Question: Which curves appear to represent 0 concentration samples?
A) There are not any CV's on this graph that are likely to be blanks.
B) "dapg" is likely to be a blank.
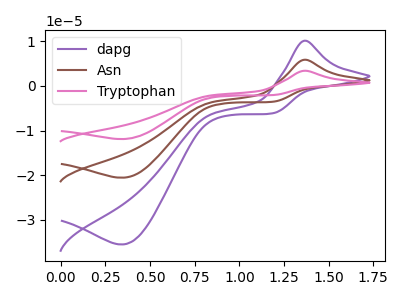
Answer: <think>The purple curve "dapg" has an anodic peak at (1.35V, 10.10uA) and a cathodic peak at (0.35V, -35.50uA). The brown curve "Asn" has an anodic peak at (1.35V, 5.85uA) and a cathodic peak at (0.35V, -20.55uA). The pink curve "Tryptophan" has an anodic peak at (1.35V, 11.70uA) and a cathodic peak at (0.35V, -41.10uA).</think>
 <answer>A) There are not any CV's on this graph that are likely to be blanks.</answer>
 <eval>A</eval>